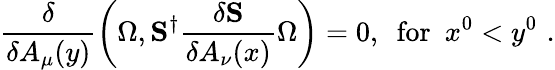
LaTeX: \frac{\delta}{\delta A_{\mu}(y)}\left(\Omega,{\mathbf S}^{\dagger}\frac{\delta{\mathbf S}}{\delta A_{\nu}(x)}\Omega\right)=0,\, \, \, \mathrm{for}\, \, \, x^{0}<y^{0}\, \, .